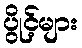
ပွိုင့်များ